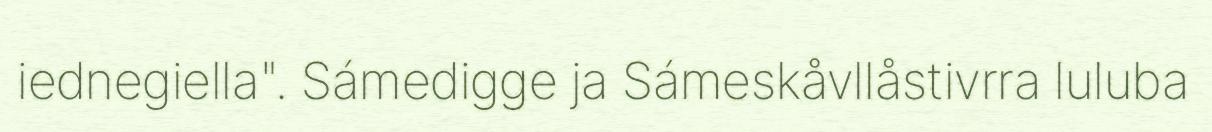
iednegiella". Sámedigge ja Sámeskåvllåstivrra luluba